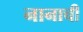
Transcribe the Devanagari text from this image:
नानाची